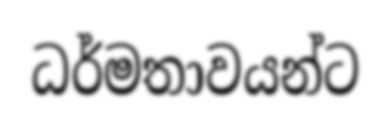
ධර්මතාවයන්ට